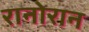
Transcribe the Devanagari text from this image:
रानोरान